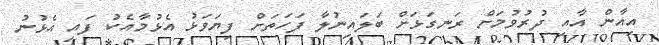
އިއާން އާއި ދުރުވުމަށް ރަނގަޅަށް ބަލައިނުލާ ފަހަތަށް ފިޔަވަޅު އެޅުމާއެކު ފައި އެޅުނު